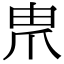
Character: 𤰰